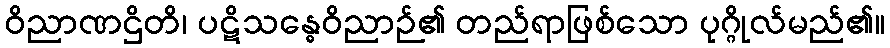
ဝိညာဏဌိတိ၊ ပဋိသန္ဓေဝိညာဉ်၏ တည်ရာဖြစ်သော ပုဂ္ဂိုလ်မည်၏။